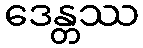
ဒေန္တဿ